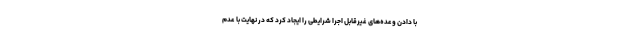
با دادن وعده‌های غیرقابل اجرا شرایطی را ایجاد کرد که در نهایت با عدم